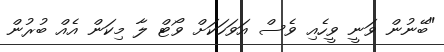
"ބޭނުން ވަނީ ވީހެއި ވެސް އަވަހަކަށް ވޯޓް ލާ މިކަން އެއް ބުރުން